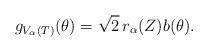
LaTeX: \begin{align*}g_{V_\alpha(T)}(\theta)=\sqrt{2}\,r_\alpha(Z)b(\theta).\end{align*}